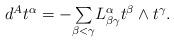
LaTeX: \begin{align*} \begin{array}{c}d^{A}t^{\alpha }=-\underset{\beta <\gamma }{\sum }L_{\beta \gamma }^{\alpha}t^{\beta }\wedge t^{\gamma }.\end{array}\end{align*}